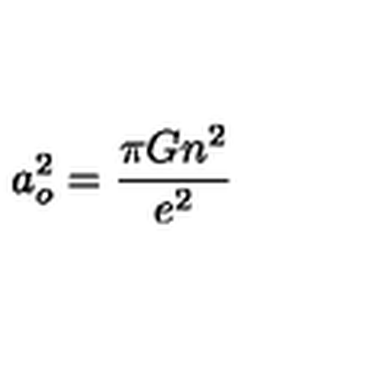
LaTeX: a _ { o } ^ { 2 } = { \frac { \pi G n ^ { 2 } } { e ^ { 2 } } } \nonumber